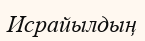
Исрайылдың